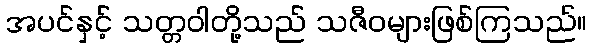
အပင်နှင့် သတ္တဝါတို့သည် သဇီဝများဖြစ်ကြသည်။